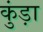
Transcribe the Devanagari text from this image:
कुंड़ा